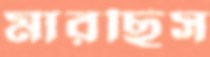
মারছিস